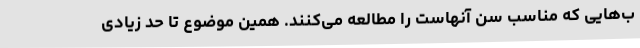
ب‌هایی که مناسب سن آنهاست را مطالعه می‌کنند. همین موضوع تا حد زیادی